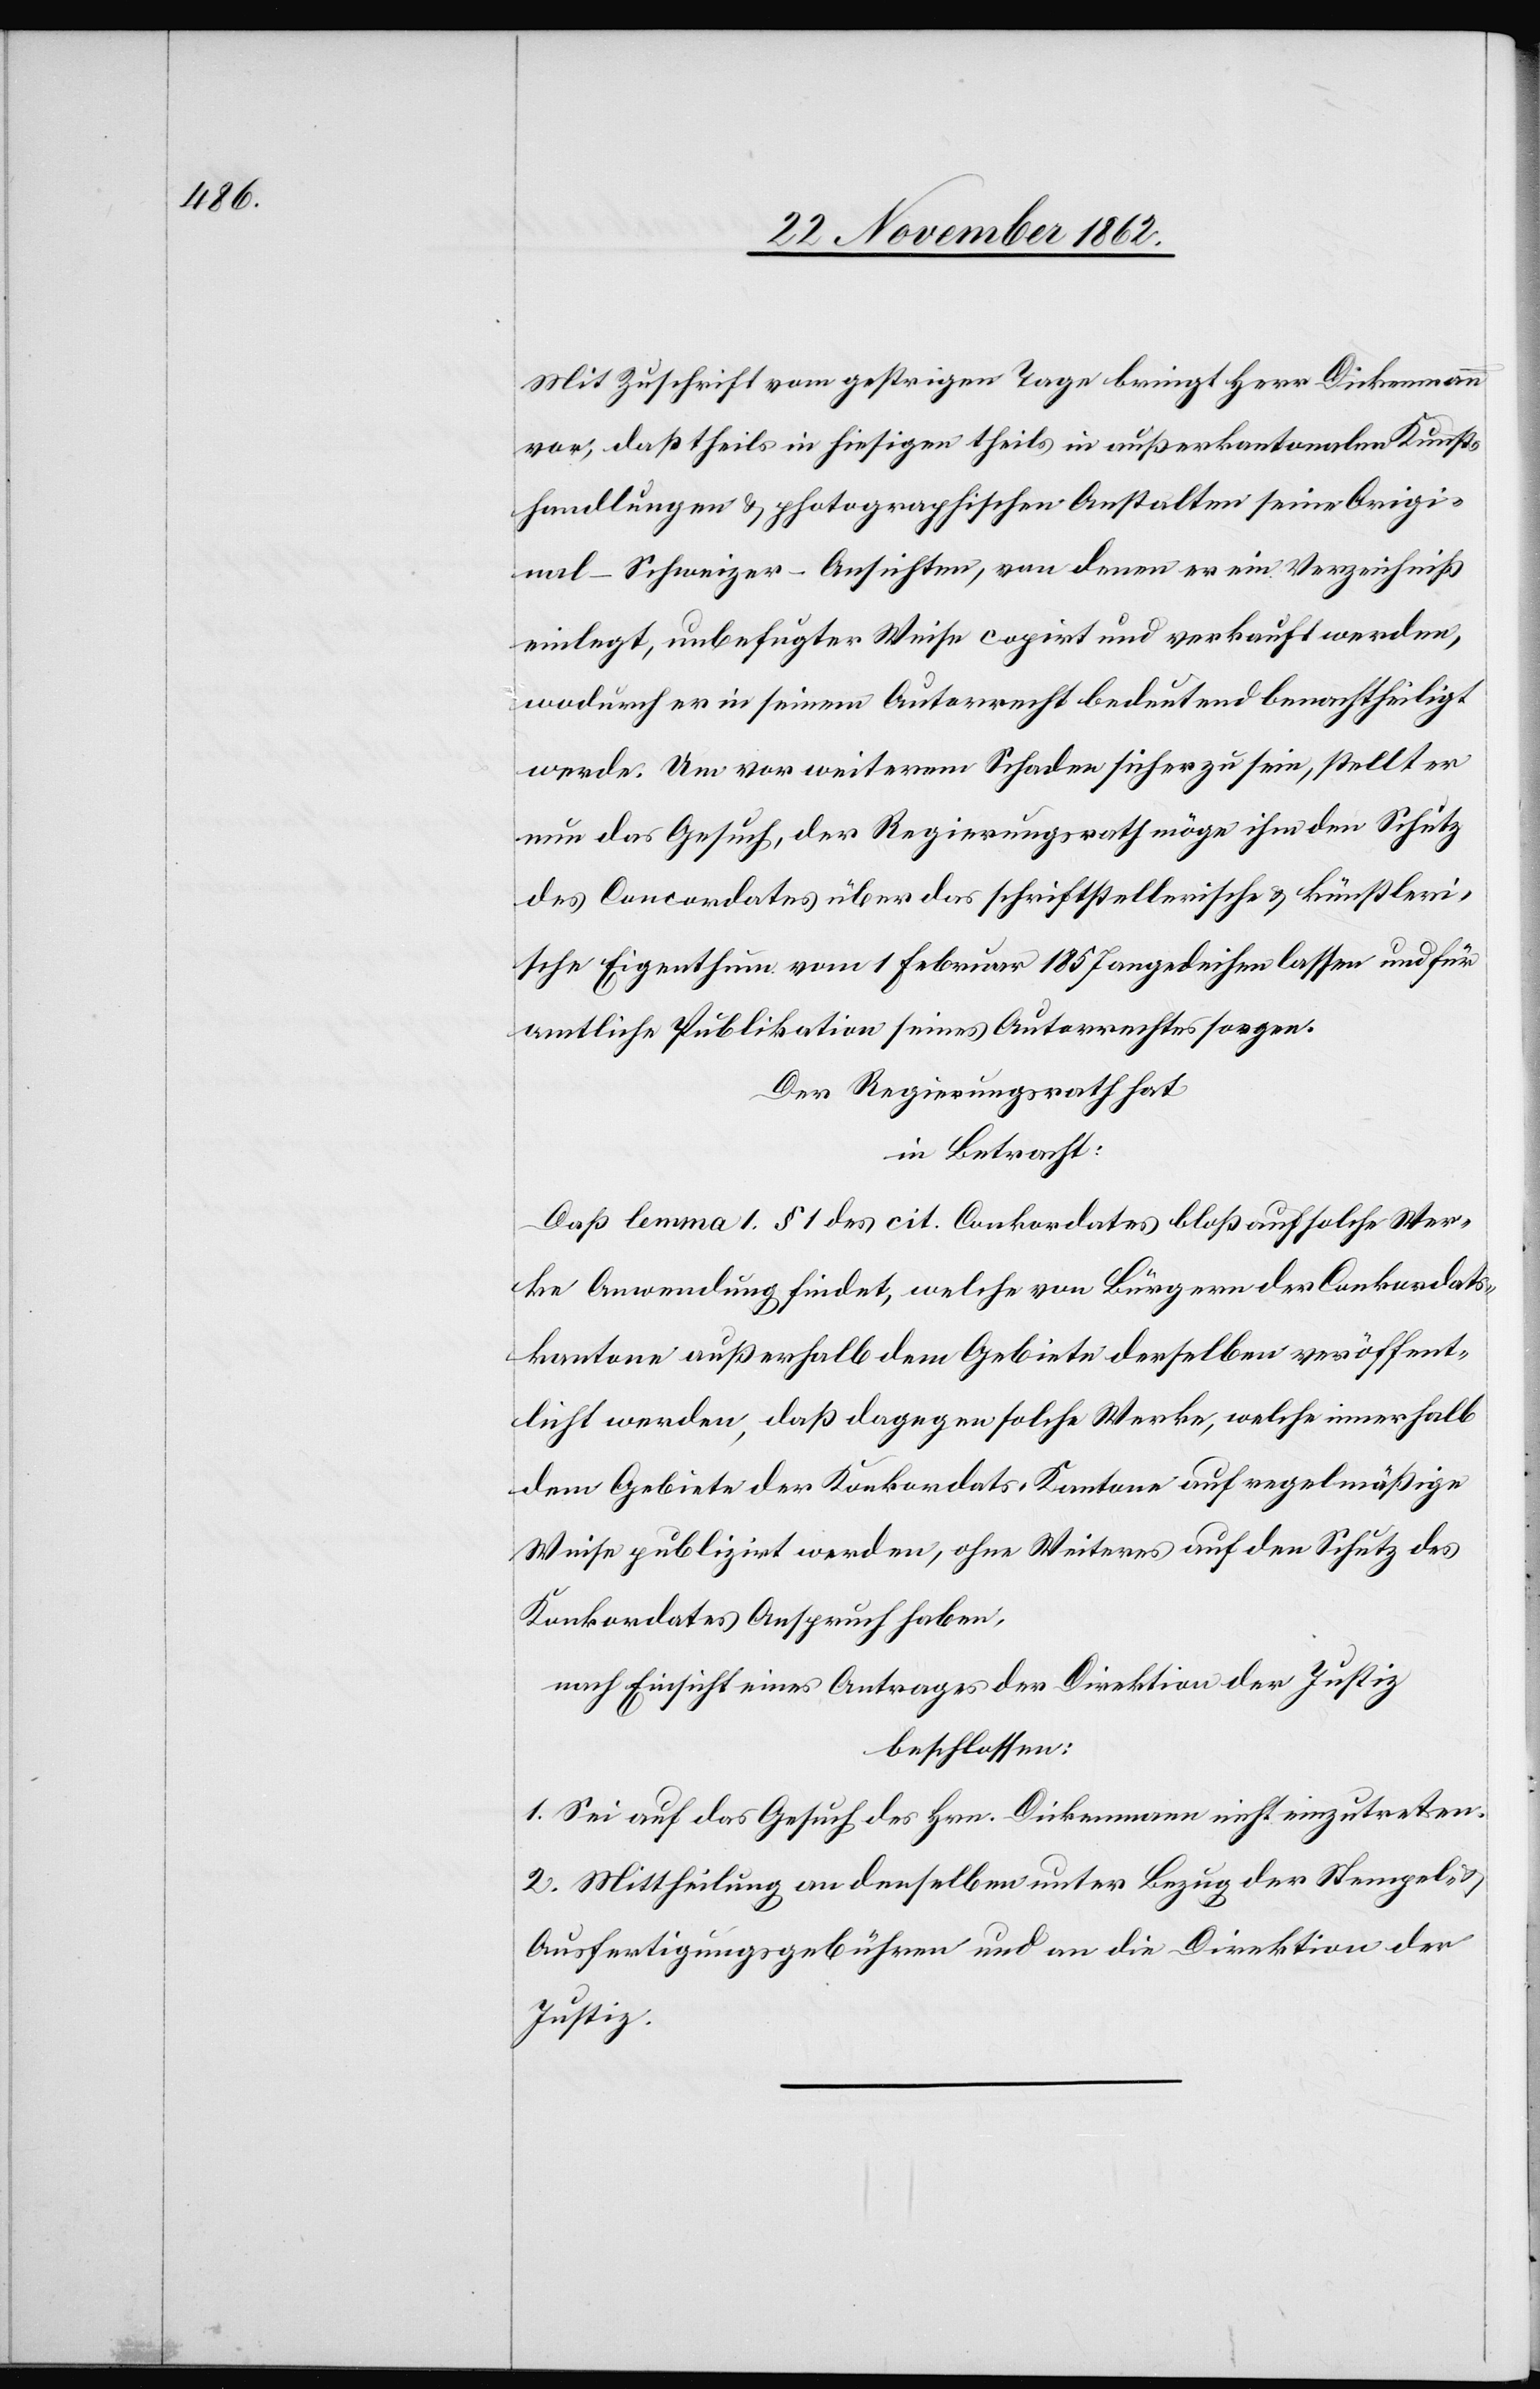
Mit Zuschrift vom gestrigen Tage bringt Herr Dickenmann
vor, daß theils in hiesigen theils in außerkantonalen Kunst¬
handlungen u. photographischen Anstalten seine Origi¬
nal – Schweizer – Ansichten, von denen er ein Verzeichniß
einlegt, unbefugter Weise copirt und verkauft werden,
wodurch er in seinem Autorrecht bedeutend benachtheiligt
werde. Um vor weiterem Schaden sicher zu sein, stellt er
nun das Gesuch, der Regierungsrath möge ihm den Schutz
des Concordates über das schriftstellerische u. künstleri¬
sche Eigenthum vom 1. Februar 1857 angedeihen lassen und für
amtliche Publikation seines Autorrechtes sorgen.
Der Regierungsrath hat
in Betracht:
Daß Lemma 1 § 1 des cit. Conkordates bloß auf solche Wer¬
ke Anwendung findet, welche von Bürgern der Conkordats¬
kantone außerhalb dem Gebiete derselben veröffent¬
licht werden, daß dagegen solche Werke, welche innerhalb
dem Gebiete der Konkordats-Kantone auf regelmäßige
Weise publizirt werden, ohne Weiters auf den Schutz des
Konkordates Anspruch haben,
nach Einsicht eines Antrages der Direktion der Justiz
beschlossen:
1. Sei auf das Gesuch des Hrn. Dickenmann nicht einzutreten.
2. Mittheilung an denselben unter Bezug der Stempel-
Ausfertigungsgebühren und an die Direktion der
Justiz.